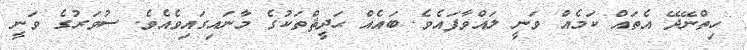
ހިތްނޭދޭ އެތައް ކަމެއް ވަނީ ލައްވާފައެވެ. ބައެއް ޙަދީޘްތަކުގެ މާނައިގައިވެއެވެ. ސުވަރުގެ ވަނީ